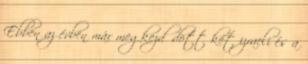
Ebben az évben már megkezdődött két izraeli és a